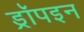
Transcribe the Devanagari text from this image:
ड्रॉपइन